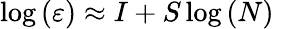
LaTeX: \begin{array}{r}{\log{\left(\varepsilon\right)}\approx I+S\log{(N)}~}\end{array}